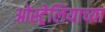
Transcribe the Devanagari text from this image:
ओस्ट्रेलियाच्या